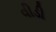
વીડી